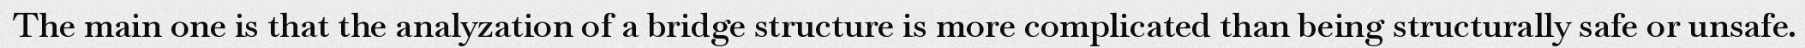
The main one is that the analyzation of a bridge structure is more complicated than being structurally safe or unsafe.